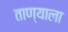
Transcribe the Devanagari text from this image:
ताण्याला